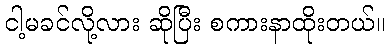
ငါ့မခင်လို့လား ဆိုပြီး စကားနာထိုးတယ်။